Leaving Certificate Examination (including Day School Certificate (Higher) General paper), 1927
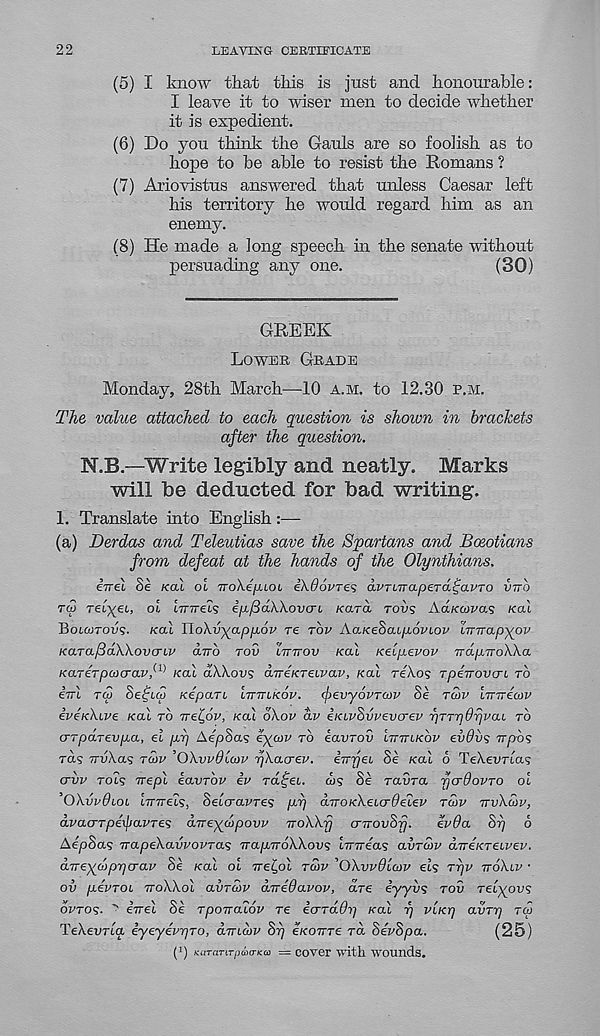
22
LEAVING CERTIFICATE
(5) I know that this is just and honourable:
I leave it to wiser men to decide whether
it is expedient.
(6) Do you think the Gauls are so foolish as to
hope to he able to resist the Romans ?
(7) Ariovistus answered that unless Caesar left
his territory he would regard him as an
enemy.
(8) He made a long speech in the senate without
persuading any one.
(30)
GREEK
LOWER GRADE
Monday, 28th March—10 A.M. to 12.30 P.M.
The value attached to each question is shoivn in brackets
after the question.
N.B.—Write legibly and neatly. Marks
will be deducted for bad writing.
1. Translate into English:—
(a) Derdas and Teleutias save the Spartans and Boeotians
from defeat at the hands of the Olynthians.
iirel Se /cat ot iroXe/xtot ikOovres avTiTTapera^avTo VTTO
TO) retyet, ot tTr/rets e/x^dXXot/crt /card rods Ad/ca/i'as /cat
Botwroi/9. /cat HoXv^appov re TOV Aa/ceSat/xdz/tof imrap^ov
KaTafiaXkovaiv anb TOV IITTTOV KO.1 Ke'ipevov napTroWa
KaTeTpcocrav,^ KCU dWot/s direKTeivav, /cat reXos rpeVoi/crt TO
irrl TW Se^icv /cepart LTTTTLK.6V. fevyovTUV Se TO>V imrecov
IveKkive KOU TO TTE^OV, /cat 6\ov av eKLvSwevo-ev r) TT V@V vaL T°
(TTpaTevpa, el pr) AepSa? eycov TO eavrov iTririKov evdv<s irpbs
rds TrvXas TCOV ’OXvvdlcov r/Xacrev. eTrrjet Se /cat 6 TeXetmas
<Tvv rots Trepl iavrov ev rdfet. d/? S^ raora rjcrSovTO ot
’OXVPOLOL tTTTrets, Setcrafres pi) aTTO/cXetcr^etef Tatv TTVXWV,
dvacTTpexpavres direyaipovv TroXXfj cnTovSrj.
evda ST) 6
Ae'pSa? irapeXa.vvovTa^ TrapTroXXov^ Imreos O.VTOJV aTreKTeivev.
dTreydprjo-av S^ /cat ot Trei^ol TU>V 'OXwOlav els Trjv TTOXLV ■
ov pevroL voXXol CLVTCOV iireOavov, are eyyds TOV retyovs
OVTOS- " eiret Se TpoTTCLiov Te icrTadr) /cat T) VLKq avTr/ TU>
TeXei/rta eyeyevrjTo, avLoiv ST) eKoirre TO. SeVSpa.
(25)
(’) KaTanTpaa-Kto = cover with wounds.